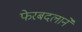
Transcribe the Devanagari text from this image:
फेरबदलाने